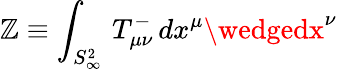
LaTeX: \mathbb{Z}\equiv\int_{S_{\infty}^{2}}\, T_{\mu\nu}^{-}\, dx^{\mu}\wedgedx^{\nu}